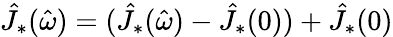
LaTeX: \hat{J}_{*}(\hat{\omega})=(\hat{J}_{*}(\hat{\omega})-\hat{J}_{*}(0))+\hat{J}_{*}(0)